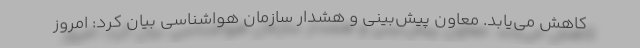
کاهش می‌یابد. معاون پیش‌بینی و هشدار سازمان هواشناسی بیان کرد: امروز